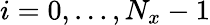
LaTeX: i=0,\ldots,N_{x}-1